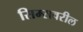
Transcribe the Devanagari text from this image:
सिम्सवरील